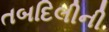
તબદિલીની